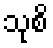
သုစိ